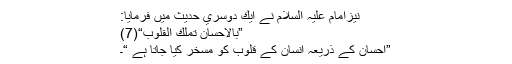
نيزامام عليہ السلام نے ايك دوسري حديث ميں فرمايا:
”بالإحسان تملك القلوب“(7)
”احسان كے ذريعہ انسان كے قلوب كو مسخر كيا جاتا ہے “۔